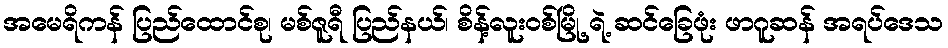
အမေရိကန် ပြည်ထောင်စု၊ မစ်ဇူရီ ပြည်နယ်၊ စိန့်လူးဝစ်မြို့ ရဲ့ ဆင်ခြေဖုံး ဖာဂူဆန် အရပ်ဒေသ